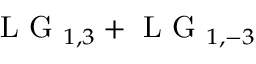
\mathrm { ~ L ~ G ~ } _ { 1 , 3 } + \mathrm { ~ L ~ G ~ } _ { 1 , - 3 }